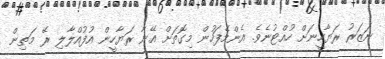
ނަޒަރު ރަޔާހީނަށް ހުއްޓުނެވެ. އެންމެފަހުން މިގޮތަށް އޭނާ ރަޔާހީން އުފުއްލާލި ރޭ މަތިން